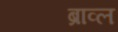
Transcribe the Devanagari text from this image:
ब्राव्ल